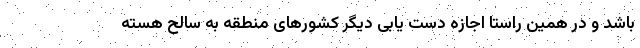
باشد و در همین راستا اجازه دست یابی دیگر کشورهای منطقه به سالح هسته